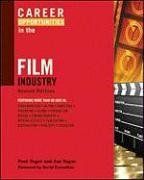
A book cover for Career Opportunities in the Film Industry; Fred Yager; Teen & Young Adult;